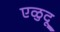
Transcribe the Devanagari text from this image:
एळुदू